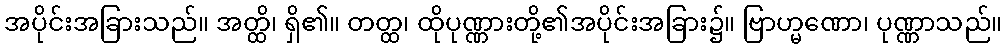
အပိုင်းအခြားသည်။ အတ္ထိ၊ ရှိ၏။ တတ္ထ၊ ထိုပုဏ္ဏားတို့၏အပိုင်းအခြား၌။ ဗြာဟ္မဏော၊ ပုဏ္ဏာသည်။